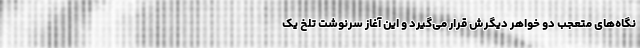
نگاه‌های متعجب دو خواهر دیگرش قرار می‌گیرد و این آغاز سرنوشت تلخ یک